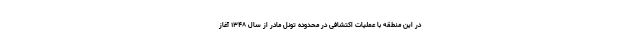
در این منطقه با عملیات اکتشافی در محدوده تونل مادر از سال ۱۳۴۸ آغاز